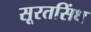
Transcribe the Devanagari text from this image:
सूरतसिंध